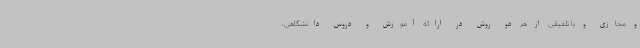
و مجازی و یا تلفیقی از هر دو روش در ارائه آموزش و دروس دانشگاهی،